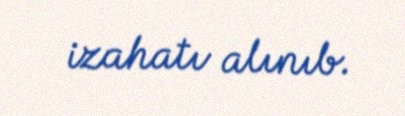
izahatı alınıb.